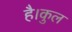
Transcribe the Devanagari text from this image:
है।कुल